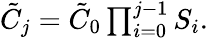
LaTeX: \begin{array}{r}{\tilde{C}_{j}=\tilde{C}_{0}\prod_{i=0}^{j-1}S_{i}.}\end{array}